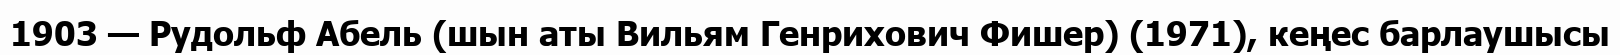
1903 — Рудольф Абель (шын аты Вильям Генрихович Фишер) (1971), кеңес барлаушысы